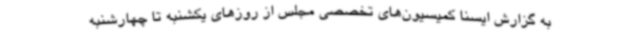
به گزارش ایسنا کمیسیون‌های تخصصی مجلس از روزهای یکشنبه تا چهارشنبه